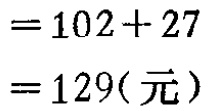
\[

\begin{align*}

&=102 + 27\\

&=129(\text{元})

\end{align*}

\]